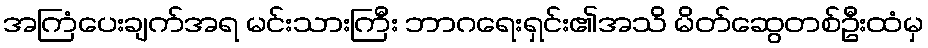
အကြံပေးချက်အရ မင်းသားကြီး ဘာဂရေးရှင်း၏အသိ မိတ်ဆွေတစ်ဦးထံမှ